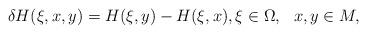
LaTeX: \begin{align*}\delta H(\xi,x,y) = H(\xi,y)-H(\xi,x), \xi\in \Omega, \ \ x,y\in M, \end{align*}